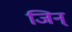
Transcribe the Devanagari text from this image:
जिन्